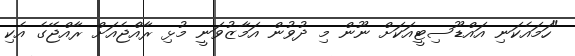
"ހަމައެެކަނި އައްޑޫސިޓީއަކަށް ނޫން މި ދުވުން އަމާޒުވަނީ މުޅި ރާއެްޖެއަށް ރާއްޖޭގެ އެކި